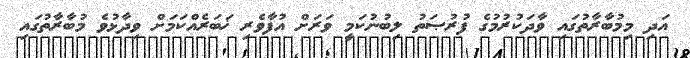
އަދި މިމުބާރާތުގައި ވާދަކުރުމުގެ ފުރުޞަތު ލިބުނުކަމީ ވަރަށް އުފާވެރި ޚަބަރެއްކަމަށް ވިދާޅުވެ މުބާރާތުގައި